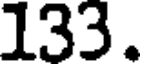
133.